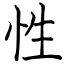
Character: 性